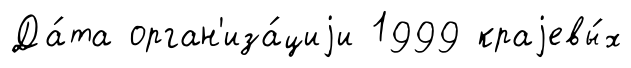
Да́та орган'иза́циjи 1999 краjевы́х